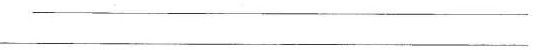
___